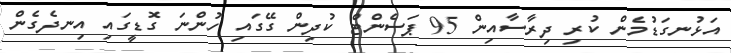
އަޅުނގަޑުމެން ކުރި ދިރާސާއިން 95 ޕަސެންޓް ކުދިން ގޭގައި ހުންނަ ގޮޑީގައި އިނދެގެން